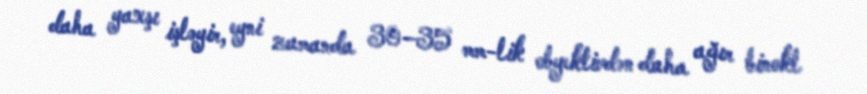
daha yaxşı işləyir, eyni zamanda 30–35 mm-lik obyektivdən daha ağır binokl